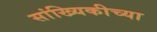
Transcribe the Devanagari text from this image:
सांख्यिकीच्या